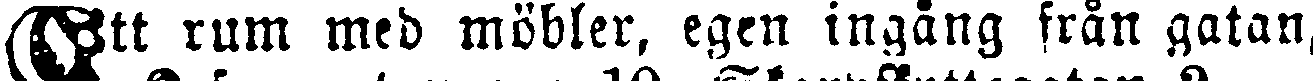
Ett rum med möbler, egen ingång från gatan,